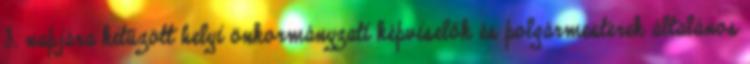
3. napjára kitűzött helyi önkormányzati képviselők és polgármesterek általános